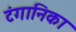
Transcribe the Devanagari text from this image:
टंगानिका